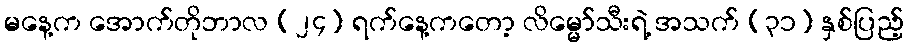
မနေ့က အောက်တိုဘာလ (၂၄) ရက်နေ့ကတော့ လိမ္မော်သီးရဲ့ အသက် (၃၁) နှစ်ပြည့်